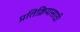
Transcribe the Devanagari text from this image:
प्रतिक्रियासाठी